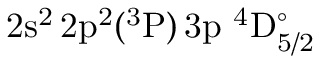
\mathrm { 2 s ^ { 2 } \, 2 p ^ { 2 } ( ^ { 3 } P ) \, 3 p ~ ^ { 4 } D _ { 5 / 2 } ^ { \circ } }